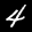
Label: 4